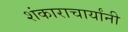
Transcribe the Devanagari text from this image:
शंकाराचार्यांनी